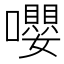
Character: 嚶